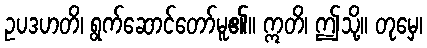
ဥပဒဟတိ၊ ရွက်ဆောင်တော်မူ၏။ ဣတိ၊ ဤသို့။ တုမှေ၊